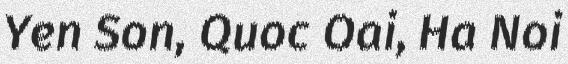
Yen Son, Quoc Oai, Ha Noi